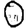
Digit: 0